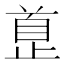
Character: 𱥅